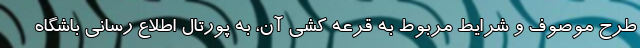
طرح موصوف و شرایط مربوط به قرعه کشی آن، به پورتال اطلاع رسانی باشگاه